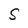
Character: S